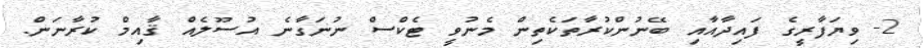
2- ވިޔަފާރީގެ ފައިދާއާއި ބޭނުންކުރާތަކެތިން މެނުވީ ޓެކްސް ނުނަގާނެ އުސޫލެއް ޤާއިމް ކުރާނަން.